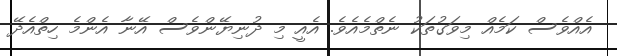
އެއްވެސް ކަމެއް މިވަގުތަކު ނެތްމެއެވެ. އެއީ މި ދުނިޔޭންވެސް އޭނާ އެންމެ ހިތްއެދޭ